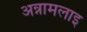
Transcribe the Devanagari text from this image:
अन्नामलाइ